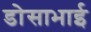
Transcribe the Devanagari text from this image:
डोसाभाई